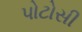
પોટોસી